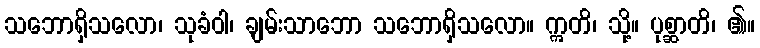
သဘောရှိသလော၊ သုခံဝါ၊ ချမ်းသာဘော သဘောရှိသလော။ ဣတိ၊ သို့။ ပုစ္ဆာတိ၊ ၏။